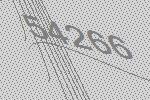
54266